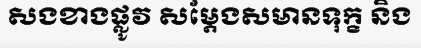
សងខាងផ្លូវ សម្តែងសមានទុក្ខ និង